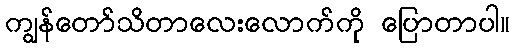
ကျွန်တော်သိတာလေးလောက်ကို ပြောတာပါ။